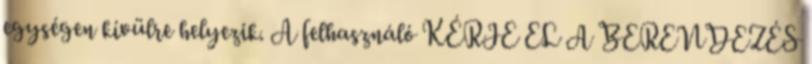
egységen kívülre helyezik. A felhasználó KÉRJE EL A BERENDEZÉS